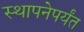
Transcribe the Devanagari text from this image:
स्थापनेपर्यंत